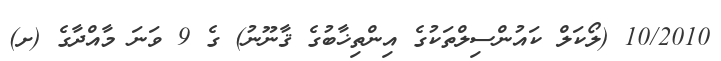
10/2010 (ލޯކަލް ކައުންސިލްތަކުގެ އިންތިޚާބުގެ ޤާނޫނު) ގެ 9 ވަނަ މާއްދާގެ (ށ)